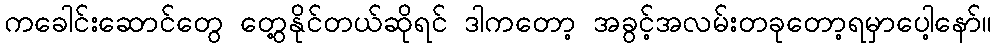
ကခေါင်းဆောင်တွေ တွေ့နိုင်တယ်ဆိုရင် ဒါကတော့ အခွင့်အလမ်းတခုတော့ရမှာပေါ့နော်။